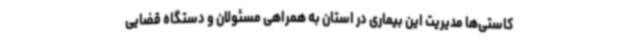
کاستی‌ها مدیریت این بیماری در استان به همراهی مسئولان و دستگاه قضایی